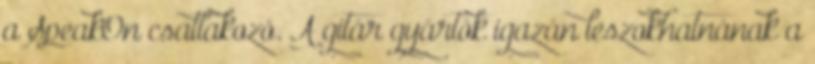
a SpeakOn csatlakozó. A gitár gyártók igazán leszokhatnának a